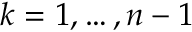
k = 1 , \ldots , n - 1